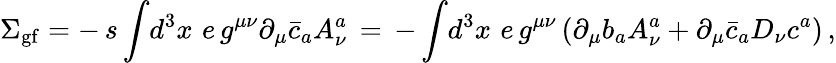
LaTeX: \Sigma_{\mathrm{gf}}=-\, s\, \displaystyle{\int}d^{3}x\, \, e\, g^{\mu\nu}\partial_{\mu}\bar{c}_{a}A_{\nu}^{a}\, =\, -\, \displaystyle{\int}d^{3}x\, \, e\, g^{\mu\nu}\left(\partial_{\mu}b_{a}A_{\nu}^{a}+\partial_{\mu}\bar{c}_{a}D_{\nu}c^{a}\right)\, ,